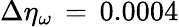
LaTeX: \Delta\eta_{\omega}\, =\, 0.0004